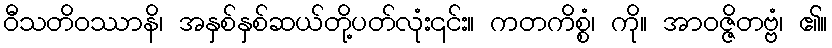
ဝီသတိဝဿာနိ၊ အနှစ်နှစ်ဆယ်တို့ပတ်လုံး၎င်း။ ကတကိစ္စံ၊ ကို။ အာဝဇ္ဇိတဗ္ဗံ၊ ၏။